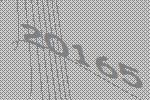
20165